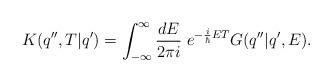
LaTeX: \begin{align*}K(q'',T|q')=\int _{-\infty }^{\infty }\frac{dE}{2\pi i}\; e^{-\frac{i}{\hbar }ET}G(q''|q',E).\end{align*}